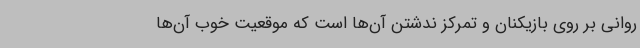
روانی بر روی بازیکنان و تمرکز ندشتن آن‌ها است که موقعیت خوب آن‌ها